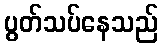
ပွတ်သပ်နေသည်